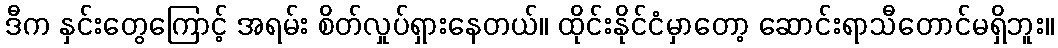
ဒီက နှင်းတွေကြောင့် အရမ်း စိတ်လှုပ်ရှားနေတယ်။ ထိုင်းနိုင်ငံမှာတော့ ဆောင်းရာသီတောင်မရှိဘူး။